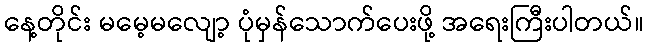
နေ့တိုင်း မမေ့မလျော့ ပုံမှန်သောက်ပေးဖို့ အရေးကြီးပါတယ်။